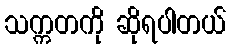
သက္ကတကို ဆိုရပါတယ်